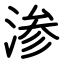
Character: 渗